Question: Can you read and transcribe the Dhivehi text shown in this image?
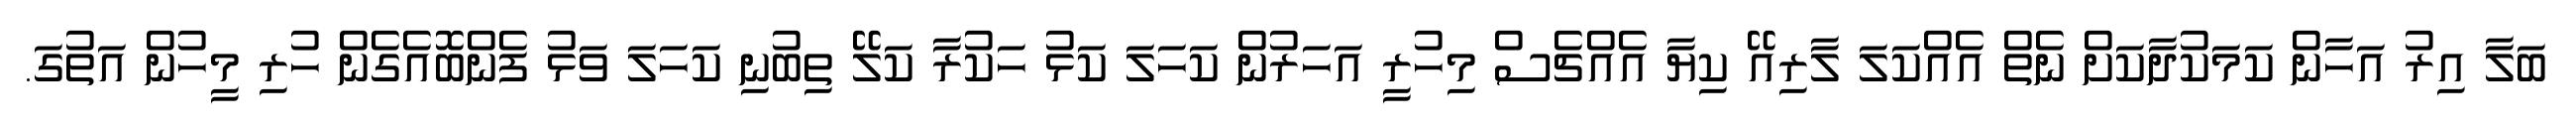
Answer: ބަލާ އިރު އަހާން ކަމަކުދާކަށް ނެތް އެއްކަލަ ލާރިއޭ ކިޔާ އެއްޗެސް މިހުރީ އަހަރުން ކަހަލަ ކަޅު ހަކުރާ ކަލޭ ތިބުނި ކަހަލަ ވަޅު ފެންބޮއެގެން ހުރި މީހުން އަތުގަ.